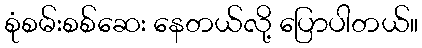
စုံစမ်းစစ်ဆေး နေတယ်လို့ ပြောပါတယ်။